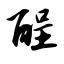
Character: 酲